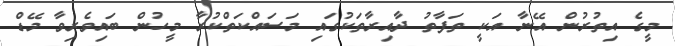
މީގެ އިތުރުން އޭނާ އަކީ ތަފާތު ދާއިރާތަކުގައި މަސައްކަތްކުރާ މީހުން ބައިވެރިވާ މޭޑް